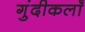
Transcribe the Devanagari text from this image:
गुंदीकलाँ